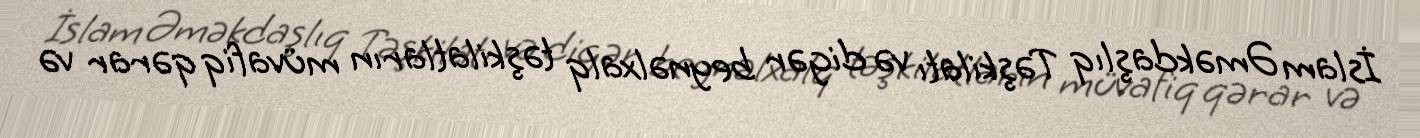
İslam Əməkdaşlıq Təşkilatı və digər beynəlxalq təşkilatların müvafiq qərar və